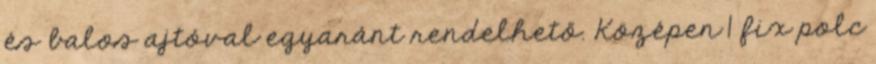
és balos ajtóval egyaránt rendelhető. Középen 1 fix polc